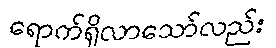
ရောက်ရှိလာသော်လည်း